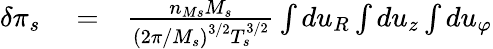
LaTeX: \begin{array}{rlr}{\delta\pi_{s}}&{{}=}&{\frac{n_{Ms}M_{s}}{\left(2\pi/M_{s}\right)^{3/2}T_{s}^{3/2}}\int du_{R}\int du_{z}\int du_{\varphi}}\end{array}